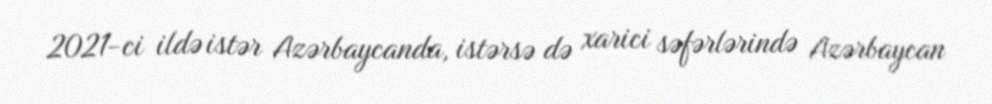
2021-ci ildə istər Azərbaycanda, istərsə də xarici səfərlərində Azərbaycan